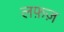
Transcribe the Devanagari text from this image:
लफ़ज़